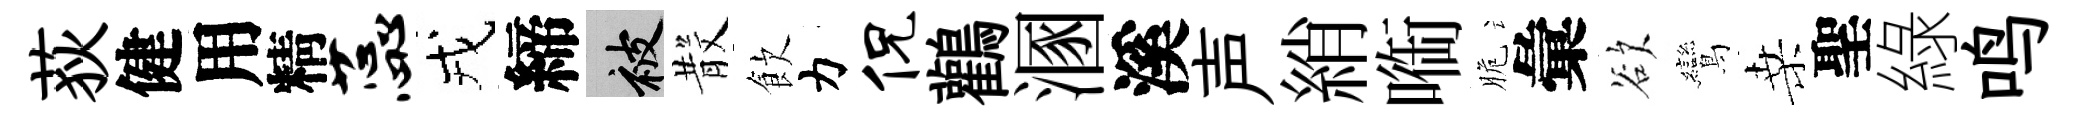
荻健用精蕊戎締被𣪚飲力侃鸛溷溪声綃㗸脆彙欲鸞桑聖綠鸣